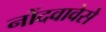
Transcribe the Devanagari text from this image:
नोंदवावेसे